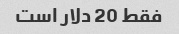
فقط 20 دلار است